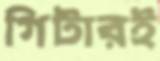
গিটারই